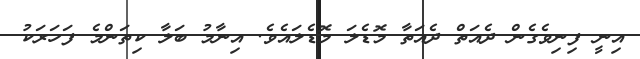
އިނީ ފިނިވެގެން ދެއަތް ދެއަތާ މޮޑެލަ މޮޑެލައެވެ. އިނާމު ބަލާ ކިތަންމެ ފަހަރަކު